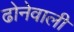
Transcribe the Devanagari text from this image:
ढोनेवाली